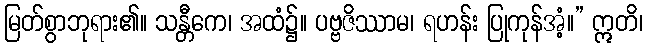
မြတ်စွာဘုရား၏။ သန္တီကေ၊ အထံ၌။ ပဗ္ဗဇိဿာမ၊ ရဟန်း ပြုကုန်အံ့။” ဣတိ၊